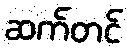
ဆက်တင်